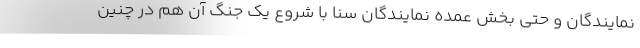
نمایندگان و حتی بخش عمده نمایندگان سنا با شروع یک جنگ آن هم در چنین